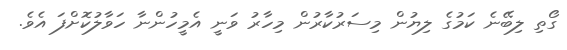
ގޯތި ލިބޭނެ ކަމުގެ ލިޔުން މިސަރުކާރުން މިހާރު ވަނީ އެމީހުންނާ ހަވާލުކޮށްފަ އެވެ.